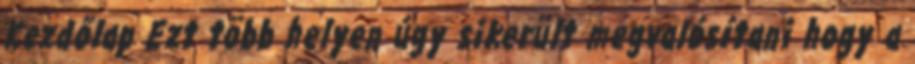
Kezdőlap Ezt több helyen úgy sikerült megvalósítani hogy a